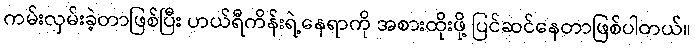
ကမ်းလှမ်းခဲ့တာဖြစ်ပြီး ဟယ်ရီကိန်းရဲ့နေရာကို အစားထိုးဖို့ ပြင်ဆင်နေတာဖြစ်ပါတယ်။